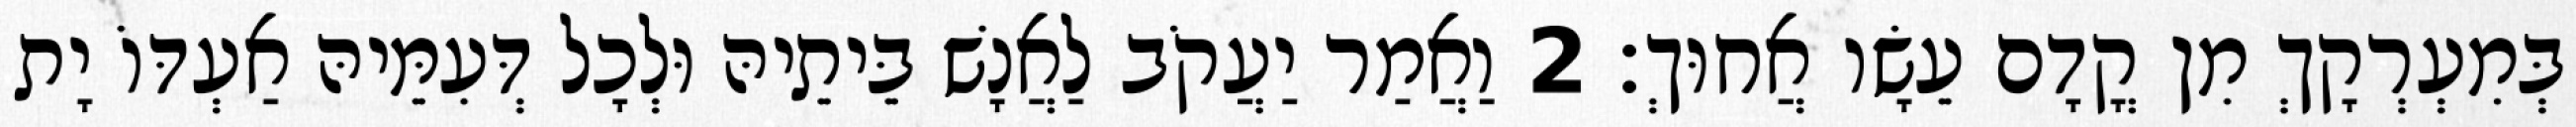
בְּמִעְרְקָךְ מִן קֳדָם עֵשָׂו אֲחוּךְ׃ 2 וַאֲמַר יַעֲקֹב לַאֲנָשׁ בֵּיתֵיהּ וּלְכָל דְּעִמֵּיהּ אַעְדּוֹ יָת